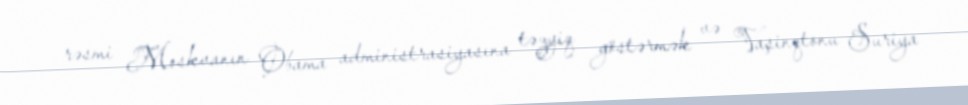
rəsmi Moskvanın Obama administrasiyasına təzyiq göstərmək və Vaşinqtonu Suriya